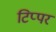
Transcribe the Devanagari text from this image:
टिप्पर